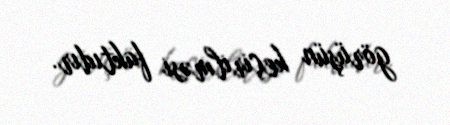
görüşün keçirilməsi faktıdır.